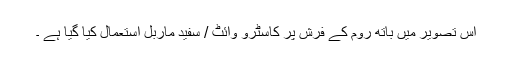
اس تصویر میں باتھ روم کے فرش پر کاسٹرو وائٹ / سفید ماربل استعمال کیا گیا ہے ۔